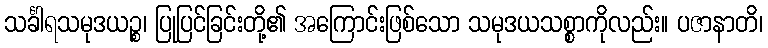
သင်္ခါရသမုဒယဉ္စ၊ ပြုပြင်ခြင်းတို့၏ အကြောင်းဖြစ်သော သမုဒယသစ္စာကိုလည်း။ ပဇာနာတိ၊